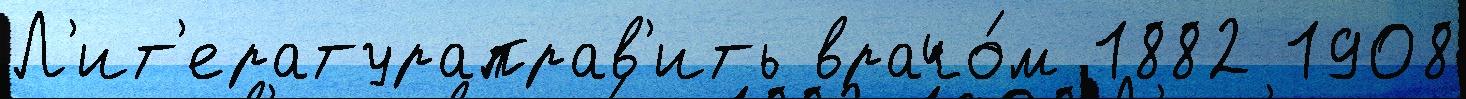
Л'ит'ератураправ'ить врачо́м 1882 1908